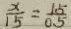
\frac { x } { 1 5 } = \frac { 1 . 5 } { 0 . 5 }